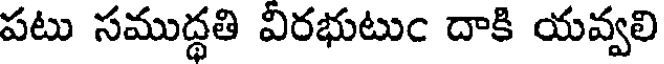
పటు సముద్ధతి వీరభుటుం దాకి యవ్వలి